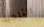
الثلجية